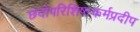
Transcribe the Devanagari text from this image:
छंदोपरिशिष्टकर्मप्रदीप